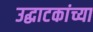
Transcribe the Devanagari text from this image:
उद्घाटकांच्या